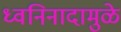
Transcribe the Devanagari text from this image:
ध्वनिनादामुळे